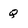
Character: q